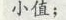
小值；